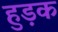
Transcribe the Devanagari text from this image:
हुड़क